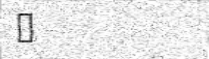
٢